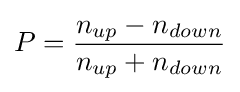
P={\frac {n_{up}-n_{down}}{n_{up}+n_{down}}}